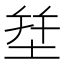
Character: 𱗈